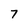
Character: 7